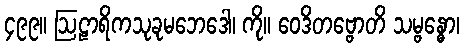
၄၉၉။ ဩဠာရိကသုခုမဘေဒေါ၊ ကို။ ဝေဒိတဗ္ဗောတိ သမ္ဗန္ဓော၊